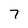
Character: 7